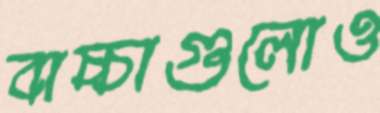
বাচ্চাগুলোও